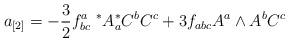
\begin{align*}a_{[2]}=-{3\over 2}f^a_{bc}\ ^* A^{*}_a C^b C^c+3f_{abc}A^a\wedge A^b C^c\end{align*}